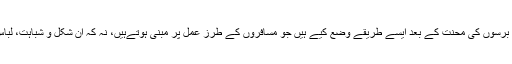
اس ایئر لائن نے بہت برسوں کی محنت کے بعد ایسے طریقے وضع کیے ہیں جو مسافروں کے طرز عمل پر مبنی ہوتےہیں، نہ کہ ان شکل و شباہت، لباس یا قومی تشخص پر۔